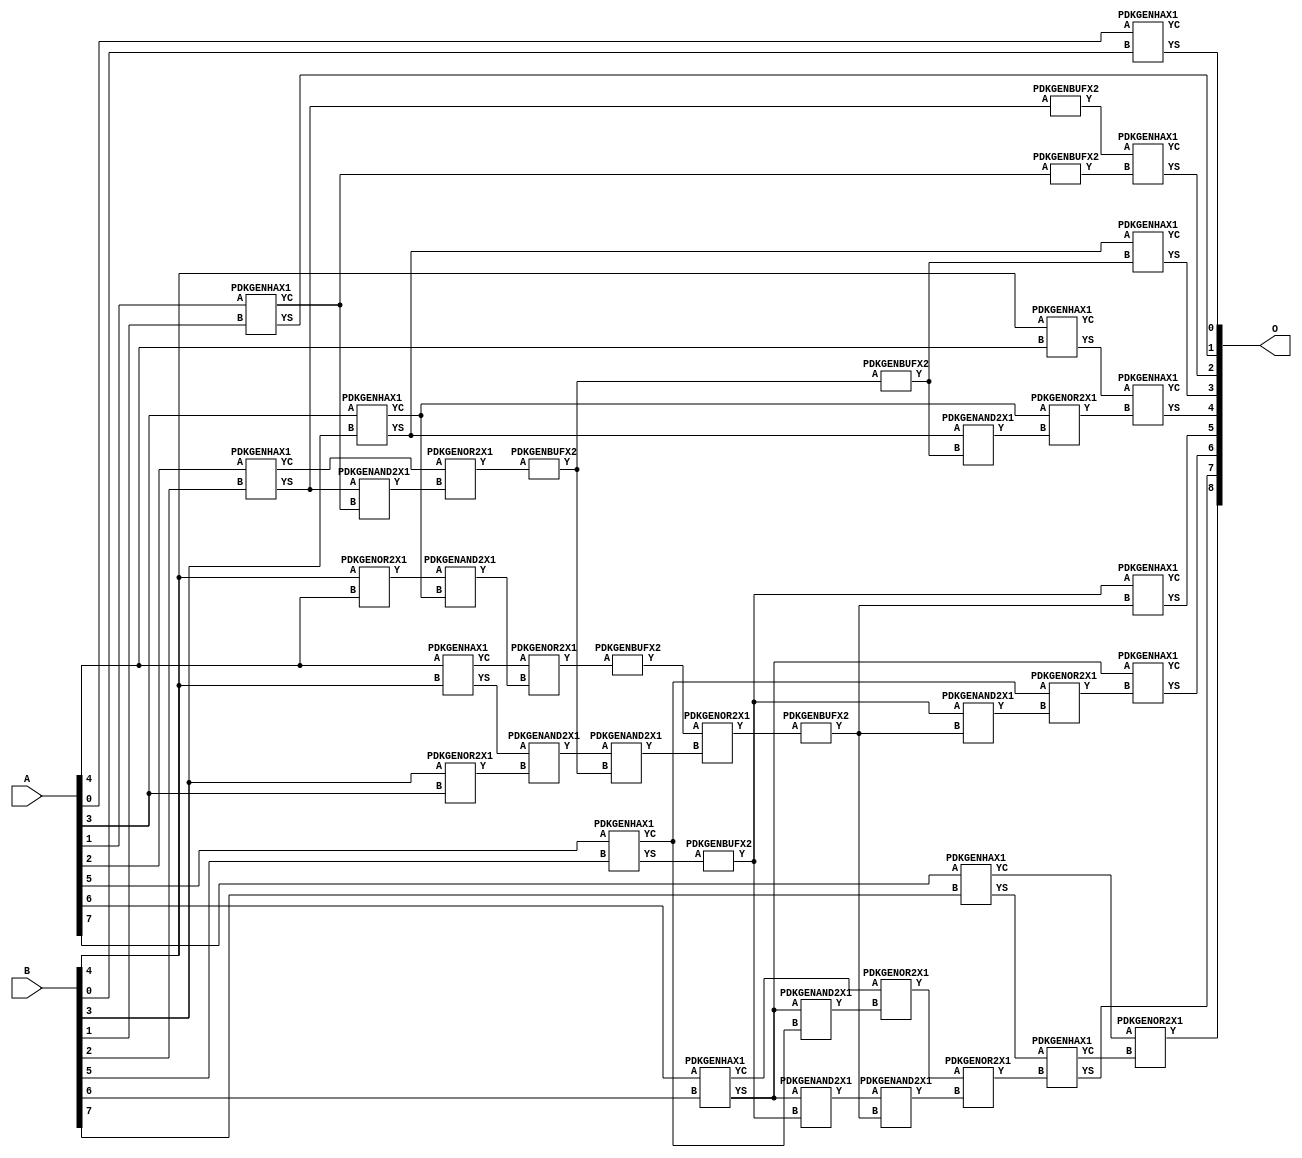
// Library = EvoApprox8b
// Circuit = add8_032
// Area   (180) = 1976
// Delay  (180) = 1.200
// Power  (180) = 659.40
// Area   (45) = 131
// Delay  (45) = 0.510
// Power  (45) = 52.72
// Nodes = 41
// HD = 32640
// MAE = 0.50000
// MSE = 1.00000
// MRE = 0.27 %
// WCE = 2
// WCRE = 100 %
// EP = 25.0 %

module add8_032(A, B, O);
  input [7:0] A;
  input [7:0] B;
  output [8:0] O;
  wire [2031:0] N;

  assign N[0] = A[0];
  assign N[1] = A[0];
  assign N[2] = A[1];
  assign N[3] = A[1];
  assign N[4] = A[2];
  assign N[5] = A[2];
  assign N[6] = A[3];
  assign N[7] = A[3];
  assign N[8] = A[4];
  assign N[9] = A[4];
  assign N[10] = A[5];
  assign N[11] = A[5];
  assign N[12] = A[6];
  assign N[13] = A[6];
  assign N[14] = A[7];
  assign N[15] = A[7];
  assign N[16] = B[0];
  assign N[17] = B[0];
  assign N[18] = B[1];
  assign N[19] = B[1];
  assign N[20] = B[2];
  assign N[21] = B[2];
  assign N[22] = B[3];
  assign N[23] = B[3];
  assign N[24] = B[4];
  assign N[25] = B[4];
  assign N[26] = B[5];
  assign N[27] = B[5];
  assign N[28] = B[6];
  assign N[29] = B[6];
  assign N[30] = B[7];
  assign N[31] = B[7];

  PDKGENHAX1 n32(.A(N[0]), .B(N[16]), .YS(N[32]), .YC(N[33]));
  PDKGENOR2X1 n38(.A(N[22]), .B(N[6]), .Y(N[38]));
  assign N[39] = N[38];
  PDKGENHAX1 n40(.A(N[2]), .B(N[18]), .YS(N[40]), .YC(N[41]));
  PDKGENOR2X1 n46(.A(N[24]), .B(N[8]), .Y(N[46]));
  assign N[47] = N[46];
  PDKGENHAX1 n50(.A(N[4]), .B(N[20]), .YS(N[50]), .YC(N[51]));
  PDKGENBUFX2 n56(.A(N[50]), .Y(N[56]));
  assign N[57] = N[56];
  PDKGENHAX1 n58(.A(N[6]), .B(N[22]), .YS(N[58]), .YC(N[59]));
  PDKGENHAX1 n68(.A(N[8]), .B(N[24]), .YS(N[68]), .YC(N[69]));
  PDKGENHAX1 n78(.A(N[10]), .B(N[26]), .YS(N[78]), .YC(N[79]));
  PDKGENHAX1 n86(.A(N[12]), .B(N[28]), .YS(N[86]), .YC(N[87]));
  PDKGENBUFX2 n90(.A(N[78]), .Y(N[90]));
  assign N[91] = N[90];
  PDKGENHAX1 n96(.A(N[14]), .B(N[30]), .YS(N[96]), .YC(N[97]));
  PDKGENAND2X1 n106(.A(N[50]), .B(N[41]), .Y(N[106]));
  assign N[107] = N[106];
  PDKGENOR2X1 n124(.A(N[51]), .B(N[107]), .Y(N[124]));
  PDKGENAND2X1 n134(.A(N[47]), .B(N[59]), .Y(N[134]));
  PDKGENAND2X1 n142(.A(N[68]), .B(N[39]), .Y(N[142]));
  assign N[143] = N[142];
  PDKGENBUFX2 n150(.A(N[124]), .Y(N[150]));
  PDKGENOR2X1 n152(.A(N[69]), .B(N[134]), .Y(N[152]));
  PDKGENAND2X1 n162(.A(N[86]), .B(N[79]), .Y(N[162]));
  PDKGENAND2X1 n174(.A(N[86]), .B(N[91]), .Y(N[174]));
  PDKGENOR2X1 n180(.A(N[87]), .B(N[162]), .Y(N[180]));
  PDKGENBUFX2 n198(.A(N[150]), .Y(N[198]));
  assign N[199] = N[198];
  PDKGENAND2X1 n208(.A(N[143]), .B(N[150]), .Y(N[208]));
  PDKGENBUFX2 n214(.A(N[152]), .Y(N[214]));
  PDKGENHAX1 n224(.A(N[24]), .B(N[8]), .YS(N[224]), .YC(N[225]));
  PDKGENOR2X1 n226(.A(N[214]), .B(N[208]), .Y(N[226]));
  assign N[227] = N[226];
  PDKGENBUFX2 n272(.A(N[227]), .Y(N[272]));
  assign N[273] = N[272];
  PDKGENAND2X1 n282(.A(N[174]), .B(N[273]), .Y(N[282]));
  PDKGENOR2X1 n292(.A(N[180]), .B(N[282]), .Y(N[292]));
  assign N[293] = N[292];
  PDKGENBUFX2 n310(.A(N[41]), .Y(N[310]));
  PDKGENAND2X1 n320(.A(N[58]), .B(N[199]), .Y(N[320]));
  PDKGENOR2X1 n328(.A(N[59]), .B(N[320]), .Y(N[328]));
  PDKGENAND2X1 n338(.A(N[91]), .B(N[272]), .Y(N[338]));
  PDKGENOR2X1 n348(.A(N[79]), .B(N[338]), .Y(N[348]));
  assign N[349] = N[348];
  PDKGENHAX1 n366(.A(N[57]), .B(N[310]), .YS(N[366]), .YC(N[367]));
  PDKGENHAX1 n376(.A(N[58]), .B(N[198]), .YS(N[376]), .YC(N[377]));
  PDKGENHAX1 n384(.A(N[224]), .B(N[328]), .YS(N[384]), .YC(N[385]));
  PDKGENHAX1 n394(.A(N[91]), .B(N[272]), .YS(N[394]), .YC(N[395]));
  PDKGENHAX1 n404(.A(N[86]), .B(N[349]), .YS(N[404]), .YC(N[405]));
  PDKGENHAX1 n412(.A(N[96]), .B(N[293]), .YS(N[412]), .YC(N[413]));
  PDKGENOR2X1 n422(.A(N[97]), .B(N[413]), .Y(N[422]));

  assign O[0] = N[32];
  assign O[1] = N[40];
  assign O[2] = N[366];
  assign O[3] = N[376];
  assign O[4] = N[384];
  assign O[5] = N[394];
  assign O[6] = N[404];
  assign O[7] = N[412];
  assign O[8] = N[422];

endmodule
/* mod */
module PDKGENAND2X1(input A, input B, output Y );
     assign Y = A & B;
endmodule
/* mod */
module PDKGENOR2X1(input A, input B, output Y );
     assign Y = A | B;
endmodule
/* mod */
module PDKGENHAX1( input A, input B, output YS, output YC );
    assign YS = A ^ B;
    assign YC = A & B;
endmodule
/* mod */
module PDKGENBUFX2(input A, output Y );
     assign Y = A;
endmodule